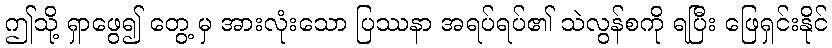
ဤသို့ ရှာဖွေ၍ တွေ့ မှ အားလုံးသော ပြဿနာ အရပ်ရပ်၏ သဲလွန်စကို ရပြီး ဖြေရှင်းနိုင်